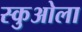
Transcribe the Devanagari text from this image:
स्कुओला